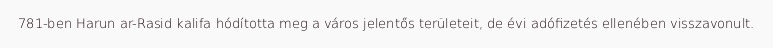
781-ben Harun ar-Rasid kalifa hódította meg a város jelentős területeit, de évi adófizetés ellenében visszavonult.